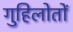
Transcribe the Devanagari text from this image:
गुहिलोतों